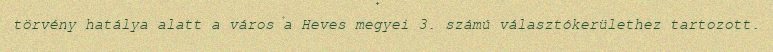
törvény hatálya alatt a város a Heves megyei 3. számú választókerülethez tartozott.